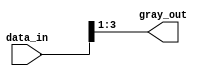
module gray_priority_encoder(
    input wire [7:0] data_in,
    output wire [2:0] gray_out
);

assign gray_out = {~(|data_in[7:1]), data_in[7:1]};

endmodule